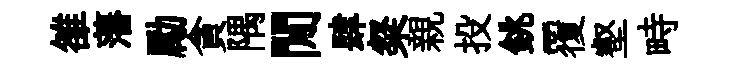
雒藩勵貪隅閒肆粲親投銚覆壑畤